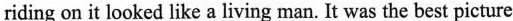
riding on it looked like a living man.It was the best picture